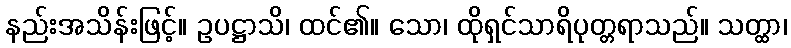
နည်းအသိန်းဖြင့်။ ဥပဋ္ဌာသိ၊ ထင်၏။ သော၊ ထိုရှင်သာရိပုတ္တရာသည်။ သတ္ထာ၊